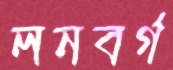
লনবর্গ